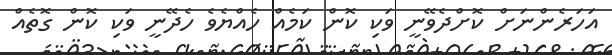
އަހަރެންނަށް ކޮށްދެވޭނީ ވަކި ކޮން ކަމެއް ހެއްޔެވެ ހެދޭނީ ވަކި ކޮން ގޮތެއް